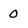
Character: 0